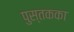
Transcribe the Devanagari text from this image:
पुस्तकका